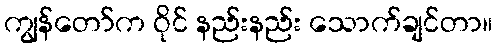
ကျွန်တော်က ဝိုင် နည်းနည်း သောက်ချင်တာ။